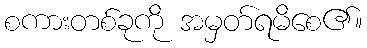
စကားတစ်ခုကို အမှတ်ရမိစေ၏။